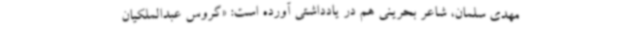
مهدی سلمان، شاعر بحرینی هم در یادداشتی آورده است: «گروس عبدالملکیان